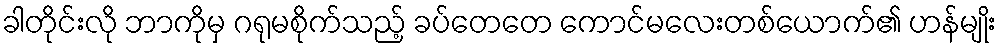
ခါတိုင်းလို ဘာကိုမှ ဂရုမစိုက်သည့် ခပ်တေတေ ကောင်မလေးတစ်ယောက်၏ ဟန်မျိုး